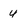
Character: 4